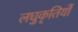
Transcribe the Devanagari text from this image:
लघुकृतियों